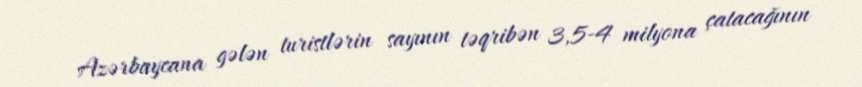
Azərbaycana gələn turistlərin sayının təqribən 3,5-4 milyona çatacağının